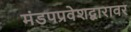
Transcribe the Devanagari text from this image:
मंडपप्रवेशद्वारावर